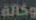
وكالة